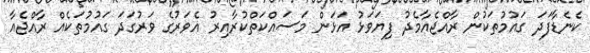
ކެނެޑާފަދަ ގައުމުތަކުން ރާއްޖެއާމެދު ފިޔަވަޅު އަޅަން މަސައްކަތްކުރާއިރު އެވަރުގެ ވަރުގަދަ ގައުމުތަކެއް ރާއްޖެއާ